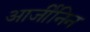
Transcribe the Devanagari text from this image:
आर्जीनिन